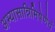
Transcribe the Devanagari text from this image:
अभ्यासान्निमिषेणैवं